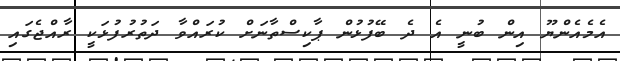
އެމެއެންޔޫ އިން ބުނީ އެ ދެ ބޭފުޅުން ޕާކިސްތާނަށް ކުރައްވާ ދަތުރުފުޅަކީ ރާއްޖެގައި